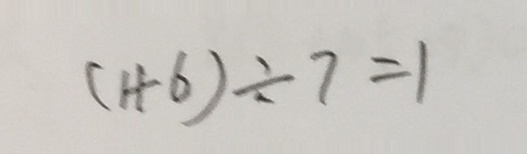
( 1 + 6 ) \div 7 = 1